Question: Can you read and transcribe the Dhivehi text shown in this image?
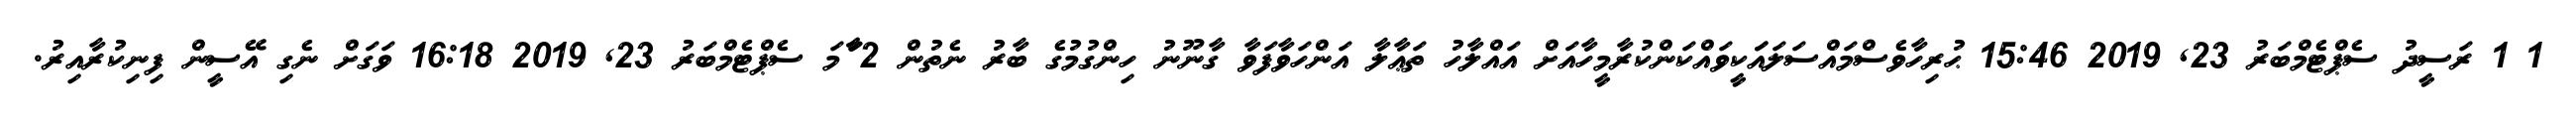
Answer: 1 1 ރަސީދު ސެޕްޓެމްބަރު 23, 2019 15:46 ޙުރިހާވެސްމައްސަލައަަކީވައްކަންކުރާމީހާއަށް އައްލާހު ތަޢާލާ އަންހަވާފަވާ ގާނޫނު ހިންގުމުގެ ބާރު ނެތުން 2 ާަާމަ ސެޕްޓެމްބަރު 23, 2019 16:18 ވަގަށް ނެގި އޭސީން ފިނިކުރާއިރު.